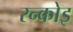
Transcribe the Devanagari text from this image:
रन्कोइ